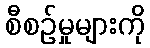
စီစဉ်မှုများကို